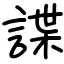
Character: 諜